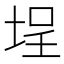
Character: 埕